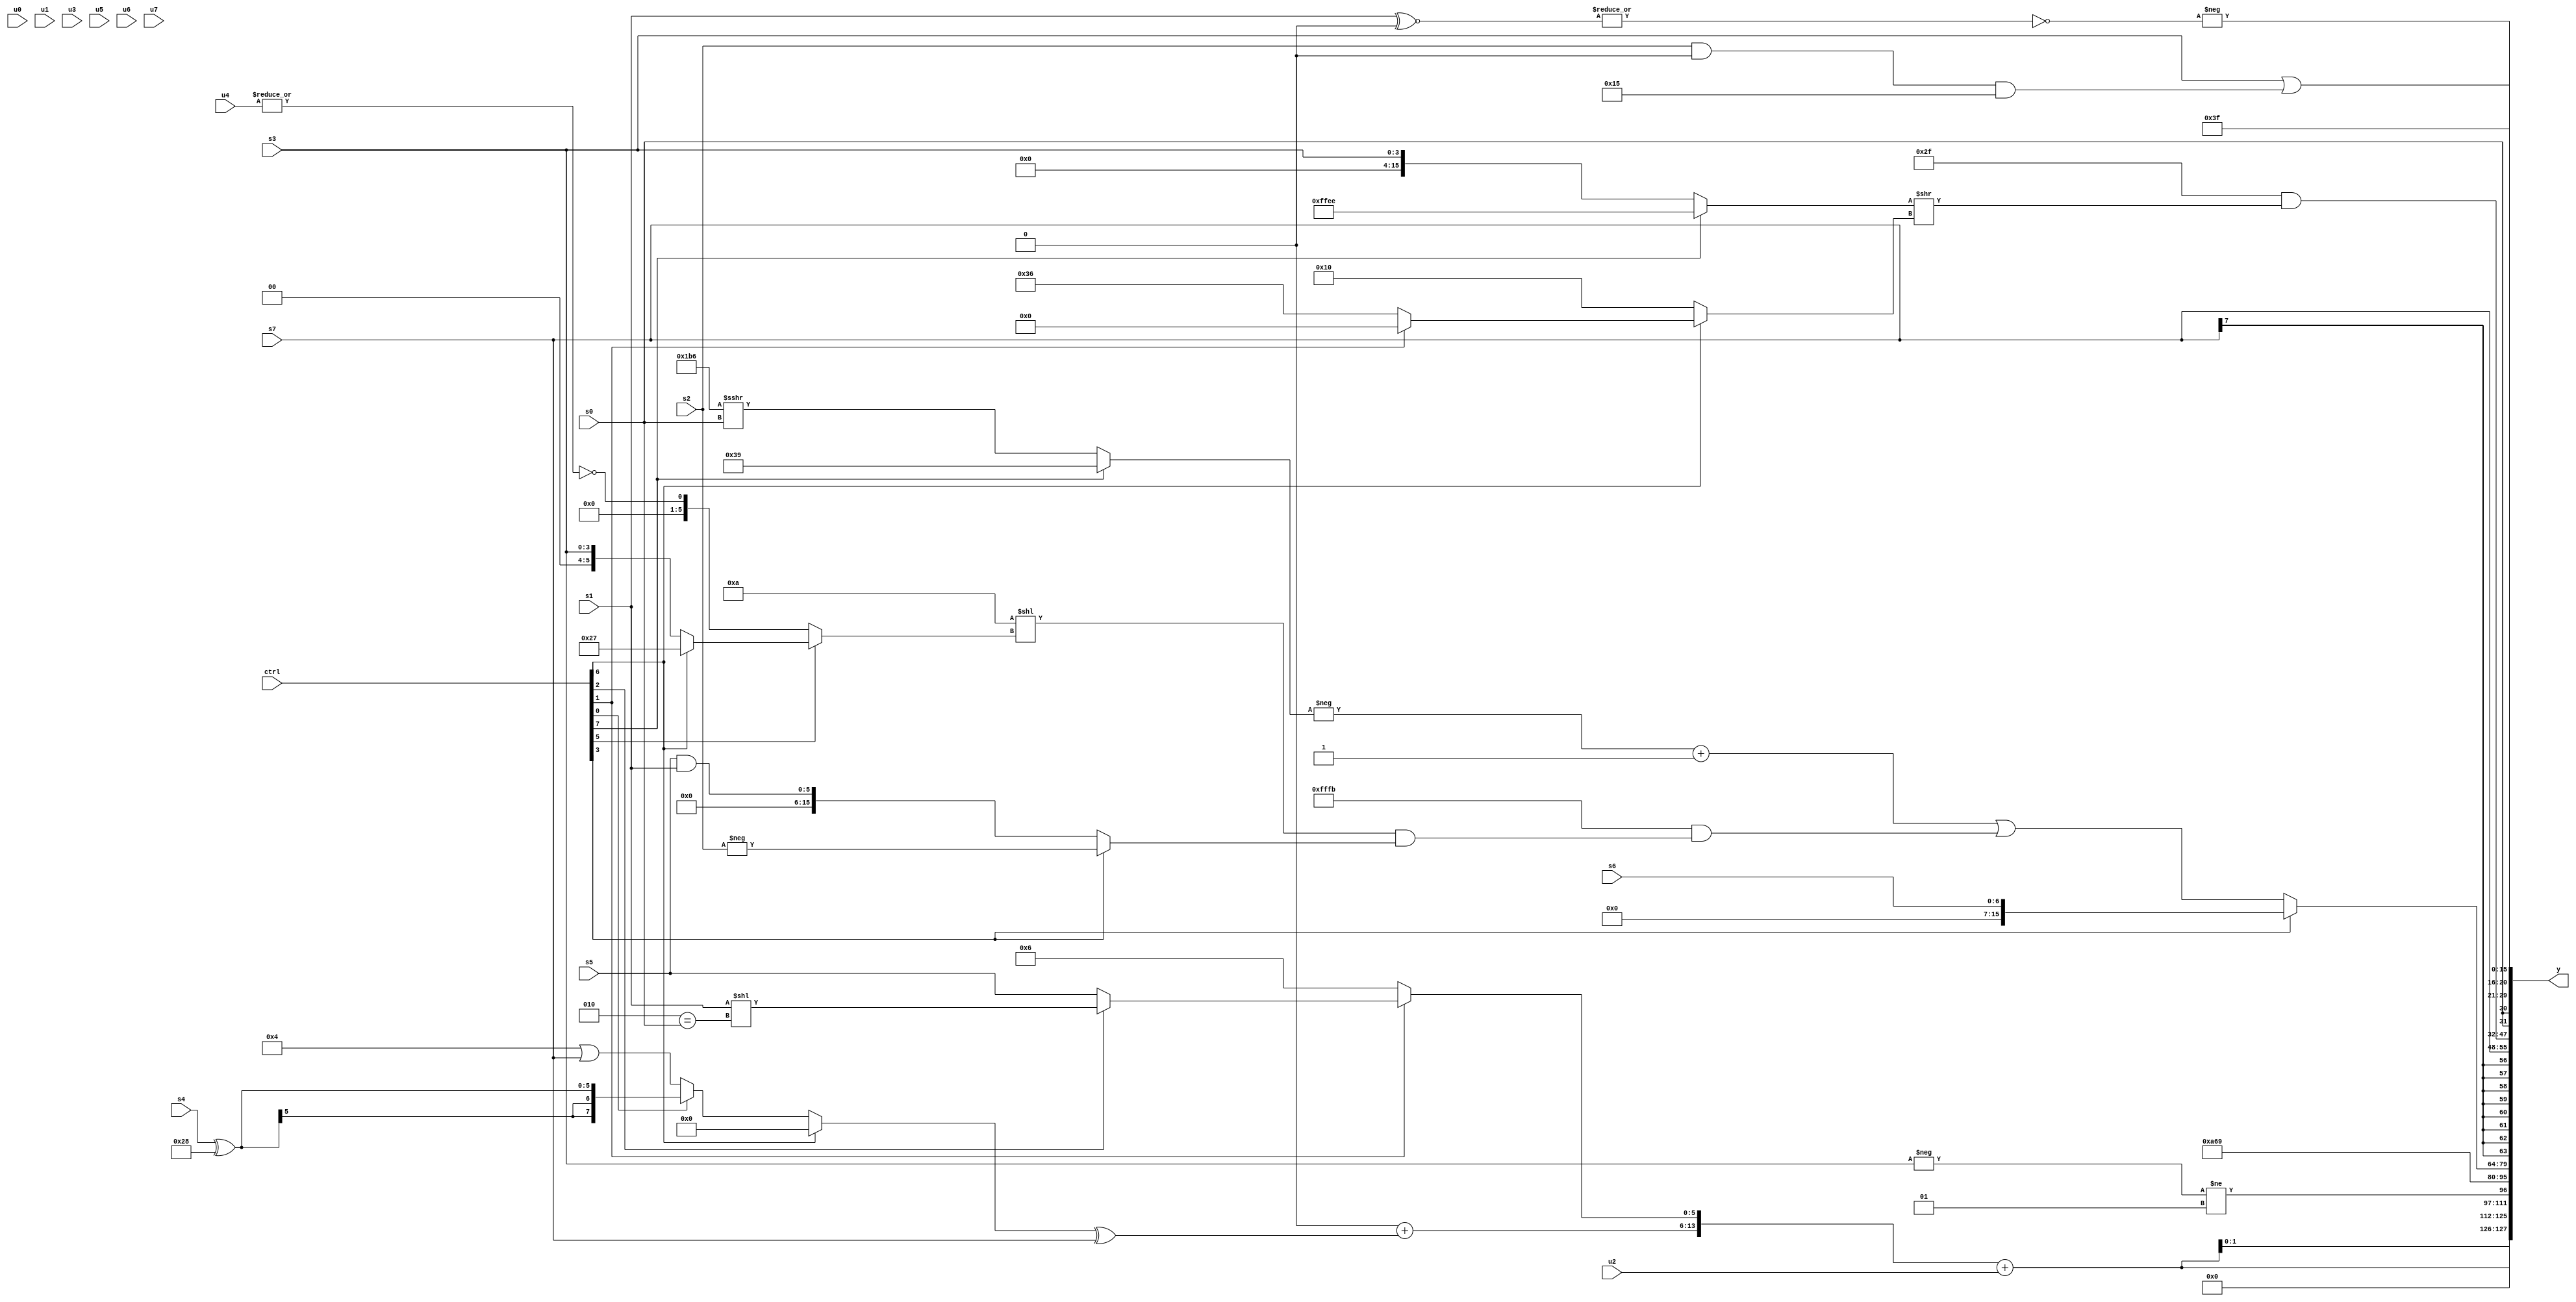
module wideexpr_00302(ctrl, u0, u1, u2, u3, u4, u5, u6, u7, s0, s1, s2, s3, s4, s5, s6, s7, y);
  input [7:0] ctrl;
  input [0:0] u0;
  input [1:0] u1;
  input [2:0] u2;
  input [3:0] u3;
  input [4:0] u4;
  input [5:0] u5;
  input [6:0] u6;
  input [7:0] u7;
  input signed [0:0] s0;
  input signed [1:0] s1;
  input signed [2:0] s2;
  input signed [3:0] s3;
  input signed [4:0] s4;
  input signed [5:0] s5;
  input signed [6:0] s6;
  input signed [7:0] s7;
  output [127:0] y;
  wire [15:0] y0;
  wire [15:0] y1;
  wire [15:0] y2;
  wire [15:0] y3;
  wire [15:0] y4;
  wire [15:0] y5;
  wire [15:0] y6;
  wire [15:0] y7;
  assign y = {y0,y1,y2,y3,y4,y5,y6,y7};
  assign y0 = {2{$signed(({(4'sb0000)+(((ctrl[6]?$signed(&(3'sb001)):(ctrl[0]?(s4)^(6'sb101000):(4'sb0100)|(s7))))^(s7)),(ctrl[1]?(ctrl[2]?((s1)>>>((5'sb11001)==(6'sb001001)))<<(((6'sb100001)<<(1'sb1))==(s0)):s5):4'sb0110)})+(+(u2)))}};
  assign y1 = (+(-(s3)))!=(2'sb01);
  assign y2 = {2{$signed(6'b101001)}};
  assign y3 = (ctrl[3]?s6:((-((ctrl[7]?$signed(6'b111001):({3{$signed(3'sb110)}})>>>(s0))))+($signed($unsigned(5'sb00001))))|((-(4'sb0101))&(((4'sb1010)<<((ctrl[5]?(ctrl[6]?(6'b011000)^~(1'b0):s3):~|(|(u4)))))&((ctrl[3]?-($signed(s2)):$signed(($signed(s5))&($signed(s1))))))));
  assign y4 = s7;
  assign y5 = (6'sb101111)&(+(((ctrl[7]?-((1'b1)+(6'sb010001)):s3))>>((ctrl[6]?(ctrl[1]?$signed(1'b0):(6'sb110100)+(4'sb0010)):(+(6'sb100101))<<(3'b100)))));
  assign y6 = {(+({3{s0}}))<<(1'sb1),3'sb001,5'b11111,(s3)|(($signed((s2)&(1'sb0)))&(5'sb10101))};
  assign y7 = -(~|((s1)^~(1'sb0)));
endmodule